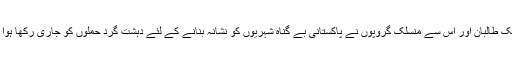
تحریک طالبان اور اس سے منسلک گروپوں نے پاکستانی بے گناہ شہریوں کو نشانہ بنانے کے لئے دہشت گرد حملوں کو جاری رکھا ہوا ہے ۔